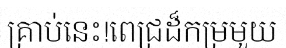
គ្រាប់នេះ!ពេជ្រដ៏កម្រមួយ